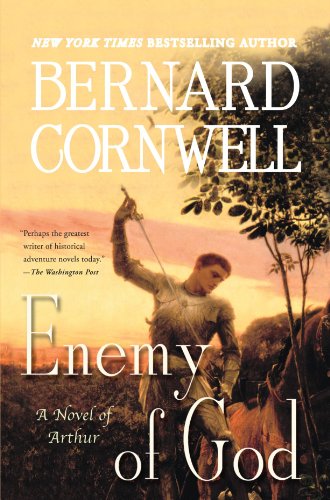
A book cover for Enemy of God (The Arthur Books #2); Bernard Cornwell; Science Fiction & Fantasy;